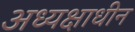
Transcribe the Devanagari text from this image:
अध्यक्षाधीन